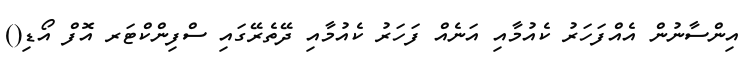
އިންސާނުން އެއްފަހަރު ކެއުމާއި އަނެއް ފަހަރު ކެއުމާއި ދޭތެރޭގައި ސްފިންކްޓަރ އޮފް އޯޑި()